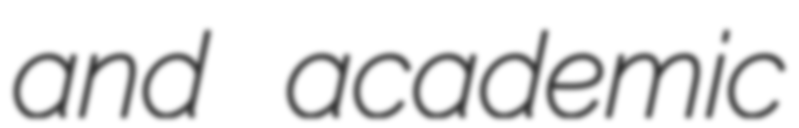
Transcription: and academic